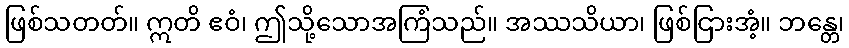
ဖြစ်သတတ်။ ဣတိ ဧဝံ၊ ဤသို့သောအကြံသည်။ အဿသိယာ၊ ဖြစ်ငြားအံ့။ ဘန္တေ၊